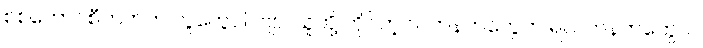
စစ်ကောင်စီဘက်က လူတွေပါပဲဗျာ၊ သူတို့ ကိုင်တဲ့ လက်နက်တွေက ရဲလက်နက်တွေပါ။